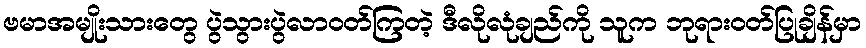
ဗမာအမျိုးသားတွေ ပွဲသွားပွဲလာဝတ်ကြတဲ့ ဒီလိုလုံချည်ကို သူက ဘုရားဝတ်ပြုချိန်မှာ